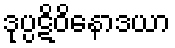
ဒုပ္ပဋိဝိနောဒယာ